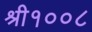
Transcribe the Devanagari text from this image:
श्री१००८